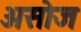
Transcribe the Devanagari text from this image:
असोज